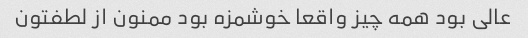
عالی بود همه چیز واقعا خوشمزه بود ممنون از لطفتون